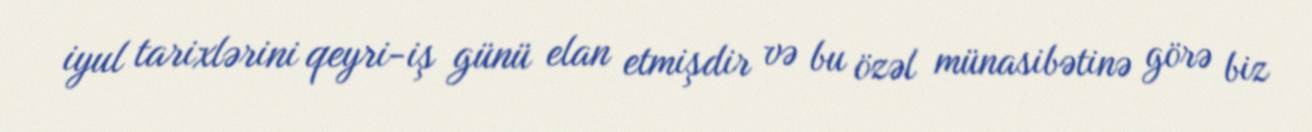
iyul tarixlərini qeyri-iş günü elan etmişdir və bu özəl münasibətinə görə biz